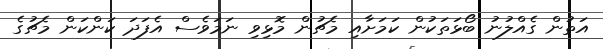
އަތުން ގެއްލުނު ބޯޅަތަކުން ކަމަށާއި މެޗުން މޮޅިވި ނަމަވެސް އެފަދަ ކަންކަން މެޗުގެ